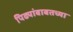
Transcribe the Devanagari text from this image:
पिढ्यांबाबतच्या